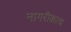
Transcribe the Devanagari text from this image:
नागरीकत्व